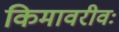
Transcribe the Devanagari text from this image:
किमावरीवः